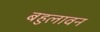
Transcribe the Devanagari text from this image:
बहुलावन